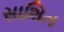
સાશિત